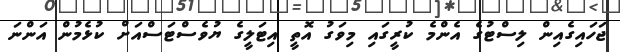
ޖަހައިގެއިން ލިސްޓުގެ އެންމެ ކުރީގައި މިވަގު އޮތީ އިޓަލީގެ ޔުވެސްޓަސްއަށް ކުޅެމުން އަންނަ